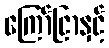
ကြော်ငြာနှင့်